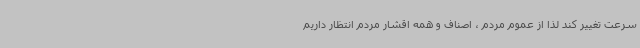
سرعت تغییر کند لذا از عموم مردم ، اصناف و همه اقشار مردم انتظار داریم